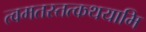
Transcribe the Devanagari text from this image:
त्वमतस्तत्कथयामि